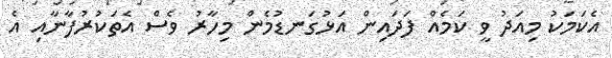
އެކަމަކު މިއަދު ވީ ކަމެއް ފަދައިން އަޅުގަނޑުމެން މިހާރު ވެސް އެތަކުރުފާނާއި އެ